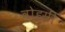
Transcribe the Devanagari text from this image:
वोइसीं